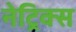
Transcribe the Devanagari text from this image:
नेट्रिक्स